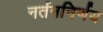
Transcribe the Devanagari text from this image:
नर्तननिर्णय